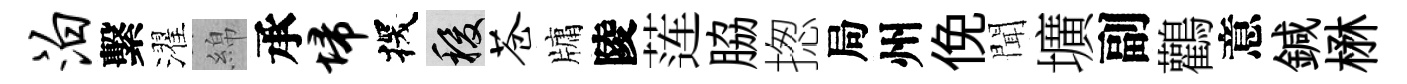
泊繫濯綿承埽探稷苍牗陵莲脇揔局州俛聞壙副鸛意鍼楙